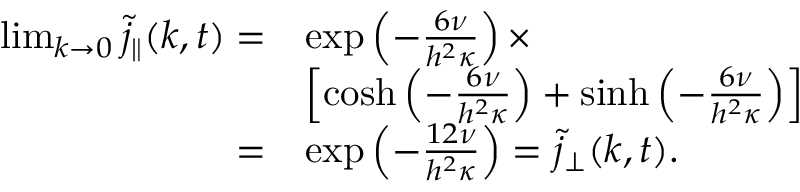
\begin{array} { r l } { \operatorname* { l i m } _ { k \to 0 } \tilde { j } _ { \parallel } ( k , t ) = } & { \exp \left( - \frac { 6 \nu } { h ^ { 2 } \kappa } \right) \times } \\ & { \left[ \cosh \left( - \frac { 6 \nu } { h ^ { 2 } \kappa } \right) + \sinh \left( - \frac { 6 \nu } { h ^ { 2 } \kappa } \right) \right] } \\ { = } & { \exp \left( - \frac { 1 2 \nu } { h ^ { 2 } \kappa } \right) = \tilde { j } _ { \perp } ( k , t ) . } \end{array}